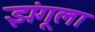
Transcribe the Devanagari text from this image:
झंगूला